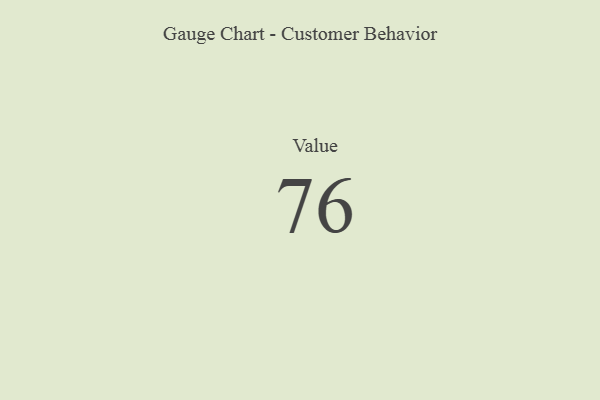
{"axis": {"x": "Metric", "y": "Value"}, "legend": [""], "data": [{"x": "Value", "y": 76, "type": ""}]}